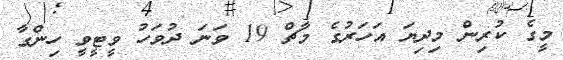
މީގެ ކުރިން މިދިޔަ އަހަރުގެ މާޗް 19 ވަނަ ދުވަހު ވީޓީވީ ހިންގާ